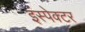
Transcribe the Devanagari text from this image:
इंस्‍पेक्‍टर